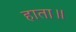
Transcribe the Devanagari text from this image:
हाता॥